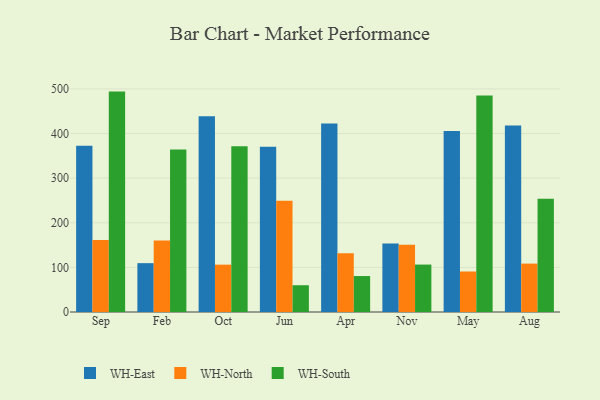
{"axis": {"x": "Month", "y": "Humidity (%)"}, "legend": ["WH-East", "WH-North", "WH-South"], "data": [{"x": "Sep", "y": 372.4, "type": "WH-East"}, {"x": "Sep", "y": 161.4, "type": "WH-North"}, {"x": "Sep", "y": 494.0, "type": "WH-South"}, {"x": "Feb", "y": 109.5, "type": "WH-East"}, {"x": "Feb", "y": 160.2, "type": "WH-North"}, {"x": "Feb", "y": 364.2, "type": "WH-South"}, {"x": "Oct", "y": 438.5, "type": "WH-East"}, {"x": "Oct", "y": 106.1, "type": "WH-North"}, {"x": "Oct", "y": 371.6, "type": "WH-South"}, {"x": "Jun", "y": 370.6, "type": "WH-East"}, {"x": "Jun", "y": 249.3, "type": "WH-North"}, {"x": "Jun", "y": 60.0, "type": "WH-South"}, {"x": "Apr", "y": 422.5, "type": "WH-East"}, {"x": "Apr", "y": 131.8, "type": "WH-North"}, {"x": "Apr", "y": 80.6, "type": "WH-South"}, {"x": "Nov", "y": 153.7, "type": "WH-East"}, {"x": "Nov", "y": 150.5, "type": "WH-North"}, {"x": "Nov", "y": 106.3, "type": "WH-South"}, {"x": "May", "y": 405.5, "type": "WH-East"}, {"x": "May", "y": 90.8, "type": "WH-North"}, {"x": "May", "y": 485.1, "type": "WH-South"}, {"x": "Aug", "y": 417.8, "type": "WH-East"}, {"x": "Aug", "y": 108.5, "type": "WH-North"}, {"x": "Aug", "y": 253.8, "type": "WH-South"}]}